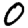
Digit: 0